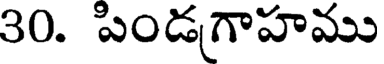
30. పిండగాహము